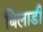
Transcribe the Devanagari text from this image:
बिलाडी